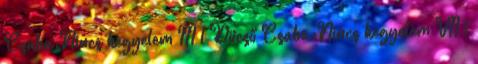
Csaba:Nincs kegyelem III 1 Dücső Csaba:Nincs kegyelem VII 1